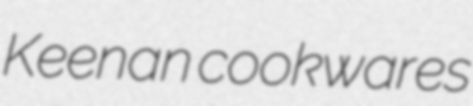
Keenan cookwares